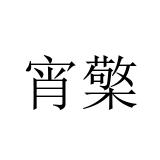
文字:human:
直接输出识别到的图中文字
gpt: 宵檠